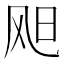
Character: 𫗇